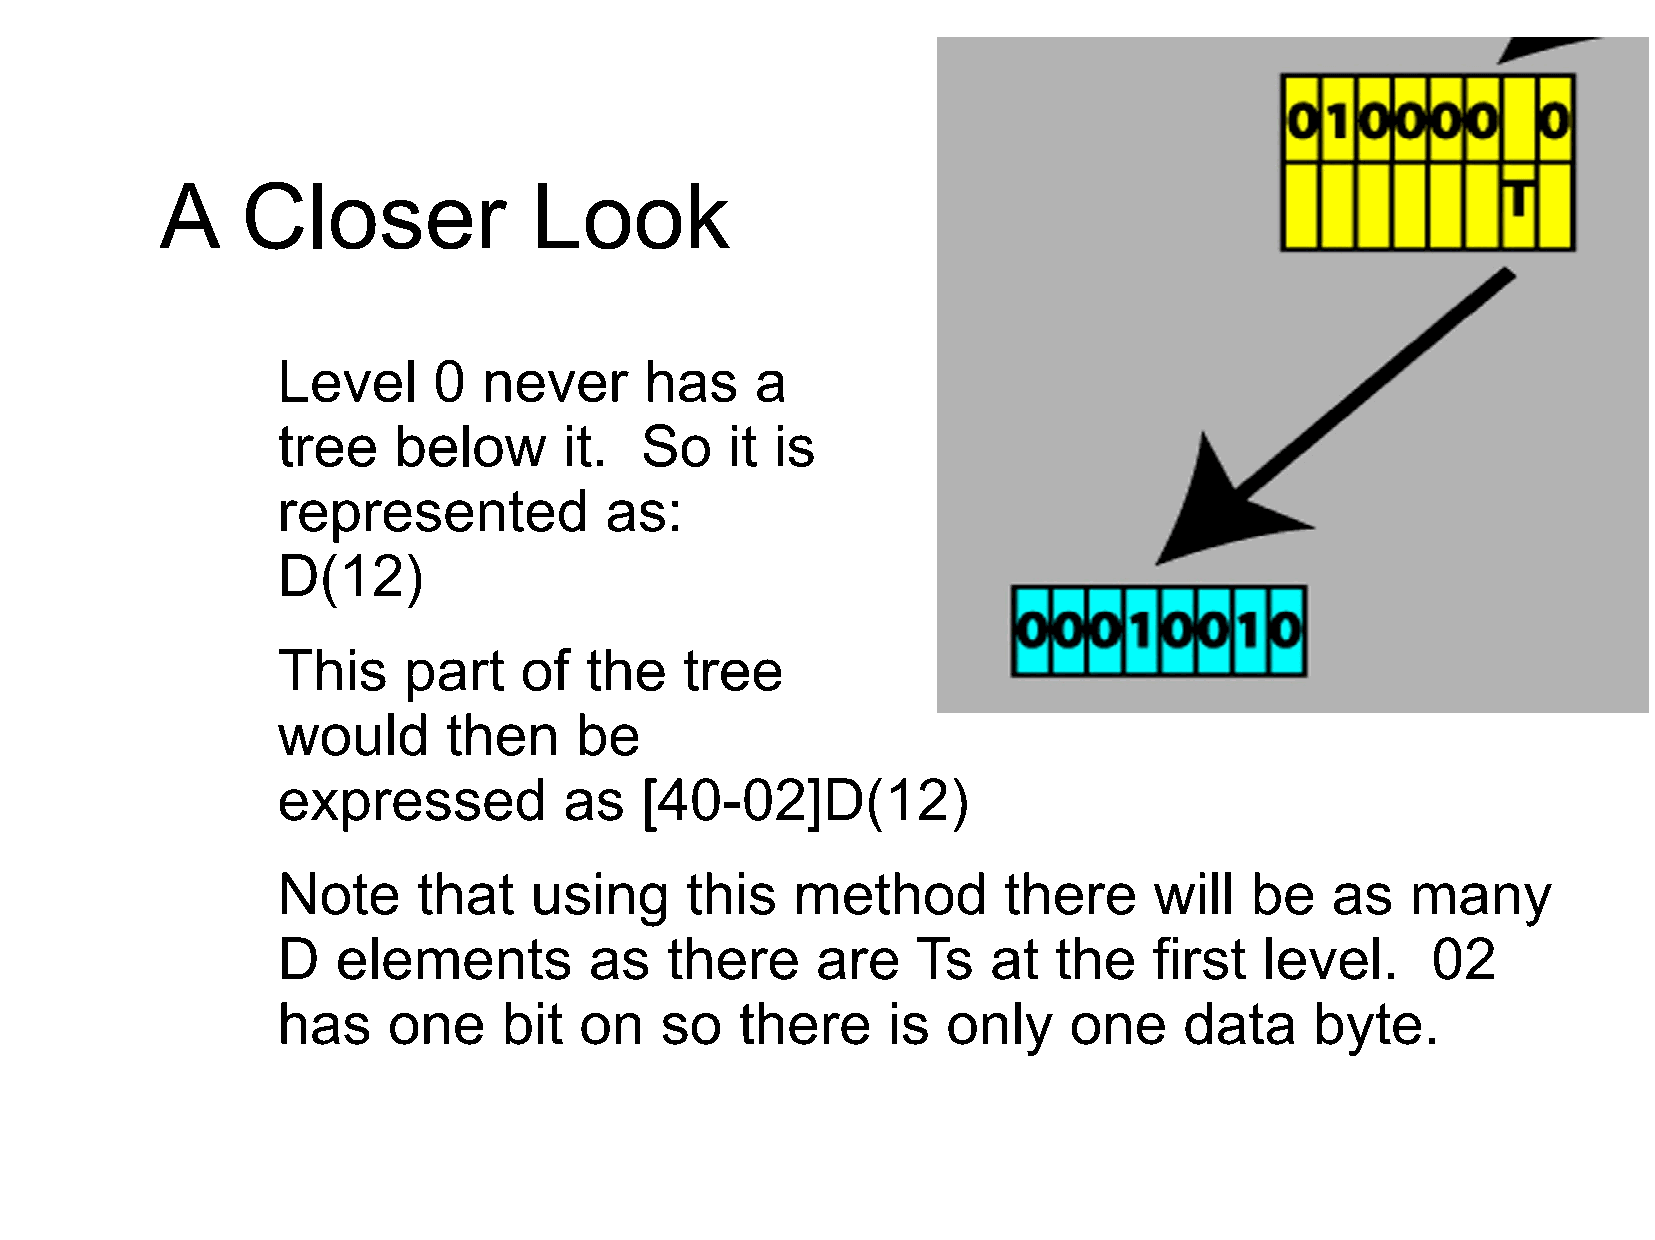
A    Closer             Look
 Level      0  never      has    a
 tree    below      it.  So    it is
 represented           as:
 D(12)
 This     part   of   the   tree
 would       then    be
 expressed          as   [40-02]D(12)
 Note      that   using     this    method       there     will   be   as   many
 D   elements         as   there     are    Ts   at  the   first   level.     02
 has     one    bit  on    so   there     is  only    one    data     byte.